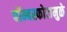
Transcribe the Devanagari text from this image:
बॉम्बस्फोटामुळे